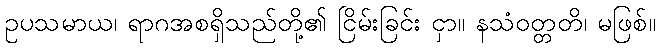
ဥပသမာယ၊ ရာဂအစရှိသည်တို့၏ ငြိမ်းခြင်း ငှာ။ နသံဝတ္တတိ၊ မဖြစ်။